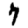
Digit: 7